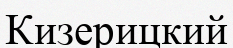
Кизерицкий